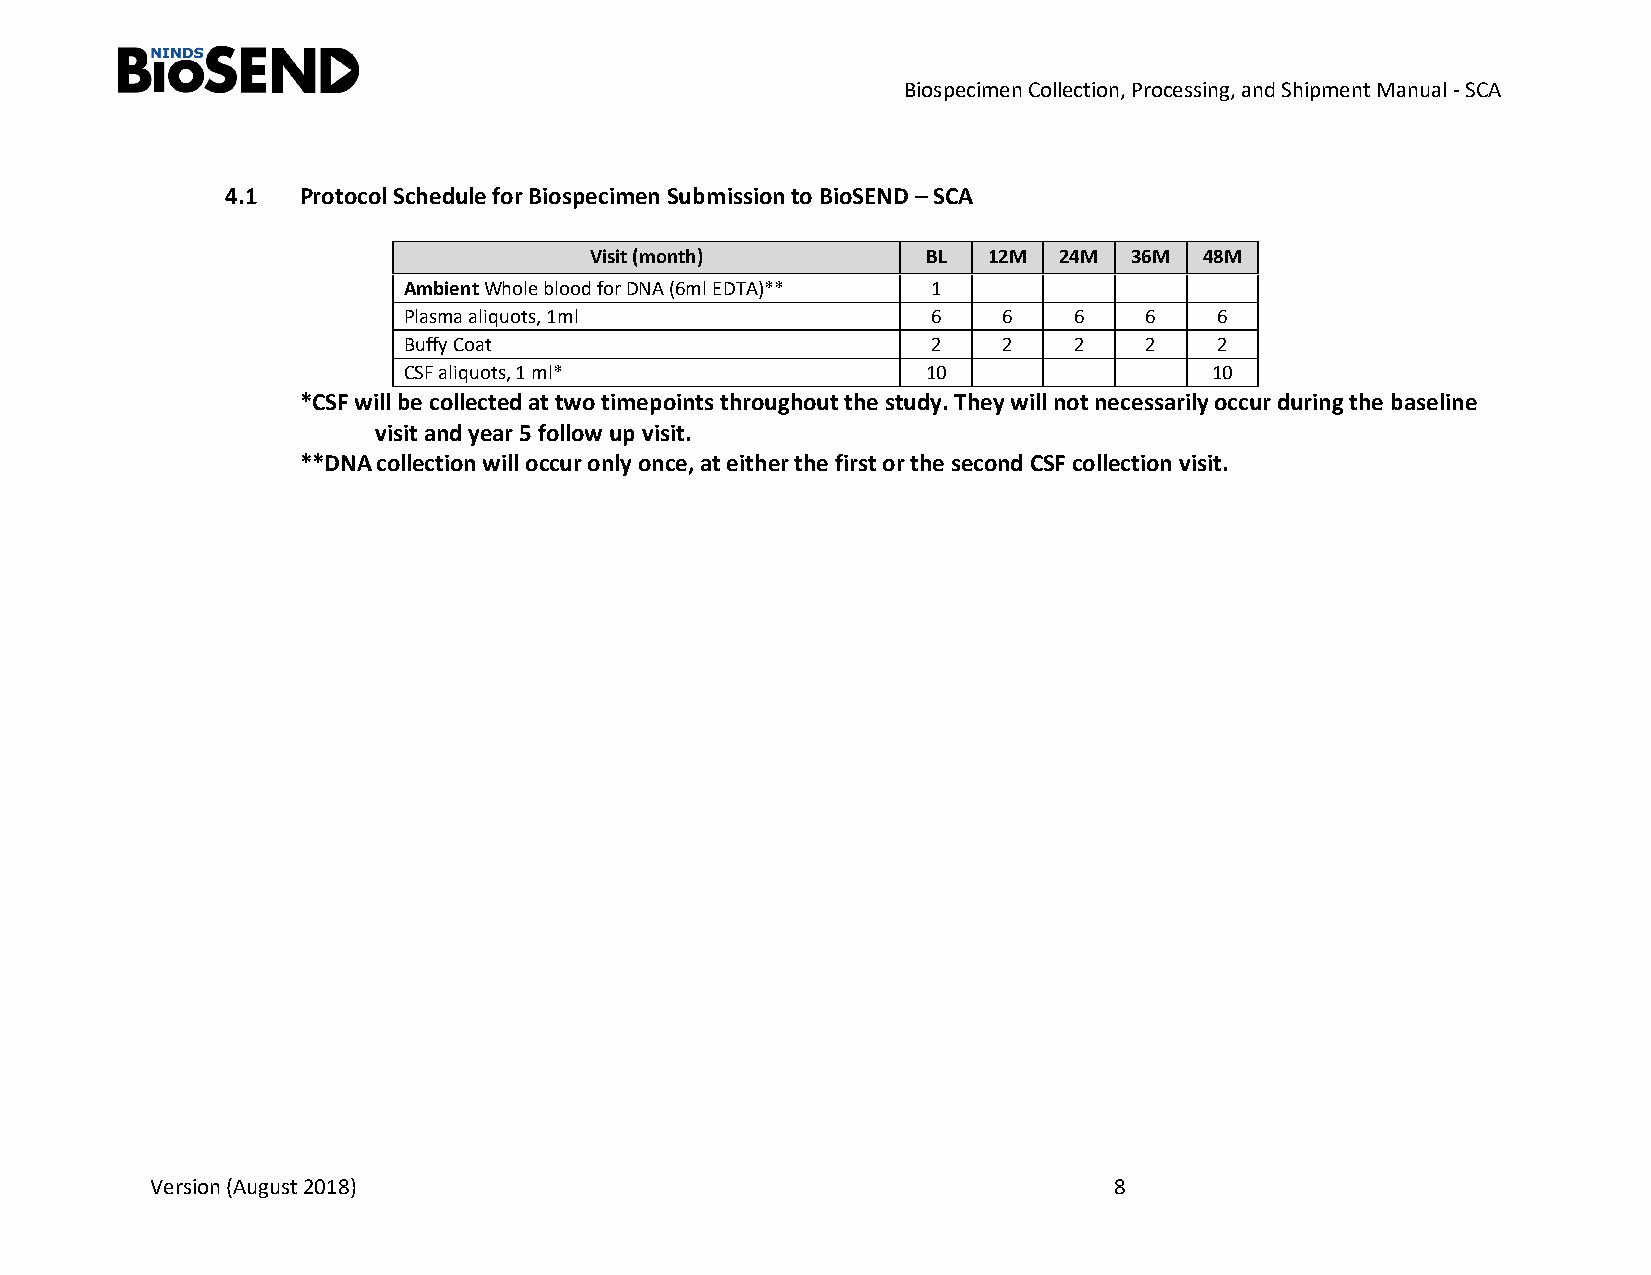
Biospecimen Collection, Processing, and Shipment Manual - SCA
 4.1  Protocol Schedule for Biospecimen Submission to BioSEND – SCA
 Visit (month)         BL  12M  24M  36M  48M
 Ambient Whole blood for DNA (6ml EDTA)** 1
 Plasma aliquots, 1ml               6   6    6    6    6
 Buffy Coat                         2   2    2    2    2
 CSF aliquots, 1 ml*               10                 10
 *CSF will be collected at two timepoints throughout the study. They will not necessarily occur during the baseline
 visit and year 5 follow up visit.
 **DNAcollection will occur only once, at either the first or the second CSF collection visit.
 Version (August 2018)                                           8